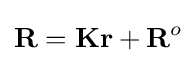
\mathbf {R} =\mathbf {Kr} +\mathbf {R} ^{o}